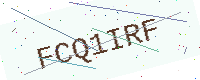
Text: FCQ1IRF